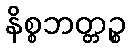
နိစ္စဘတ္တဉ္စ